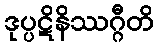
ဒုပ္ပဋိနိဿဂ္ဂီတိ